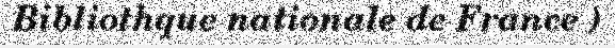
Bibliothque nationale de France )